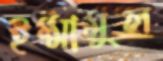
ইম্মামুল